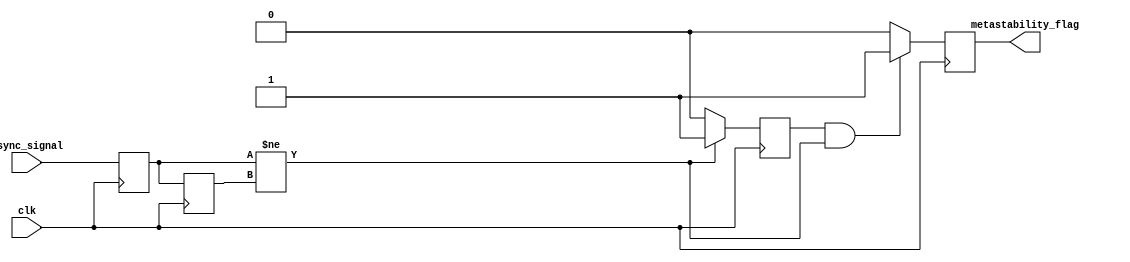
module metastability_detector (
    input wire clk,              // Clock input
    input wire async_signal,     // Asynchronous input signal
    output reg metastability_flag // Output flag for metastability detection
);

    // Internal signals
    reg ff1, ff2;                // Outputs of the two D flip-flops
    reg pulse;                   // Pulse signal for detecting transitions

    // D Flip-Flop 1
    always @(posedge clk) begin
        ff1 <= async_signal;     // Sample the asynchronous signal
    end

    // D Flip-Flop 2
    always @(posedge clk) begin
        ff2 <= ff1;              // Sample the output of the first flip-flop
    end

    // Pulse Generation Logic
    always @(posedge clk) begin
        if (ff1 != ff2) begin
            pulse <= 1'b1;       // Generate pulse if ff1 and ff2 are different
        end else begin
            pulse <= 1'b0;       // Reset pulse otherwise
        end
    end

    // Metastability Detection Logic
    always @(posedge clk) begin
        if (pulse && (ff1 != ff2)) begin
            metastability_flag <= 1'b1; // Indicate metastability detected
        end else begin
            metastability_flag <= 1'b0;  // Clear flag if no metastability
        end
    end

endmodule